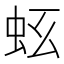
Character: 𧉛